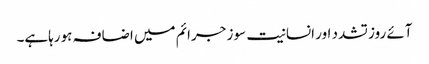
آئے روز تشدد اور انسانیت سوز جرائم میں اضافہ ہورہاہے۔